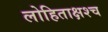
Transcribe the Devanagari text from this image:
लोहिताक्षश्च